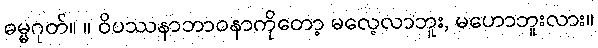
ဓမ္မဂုတ်။ ။ ဝိပဿနာဘာဝနာကိုတော့ မလေ့လာဘူး, မဟောဘူးလား။